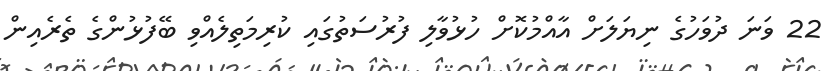
22 ވަނަ ދުވަހުގެ ނިޔަލަށް އާއްމުކޮށް ހުޅުވާލި ފުރުސަތުގައި ކުރިމަތިލެއްވި ބޭފުޅުންގެ ތެރެއިން